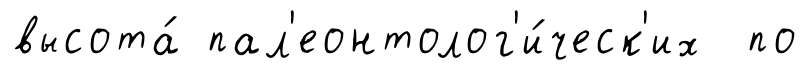
высота́ пал'еонтолог'и́ческ'их по